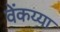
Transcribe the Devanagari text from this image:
वेंकय्या